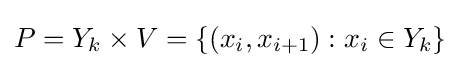
P=Y_{k}\times V=\{(x_{i},x_{i+1}):x_{i}\in Y_{k}\}